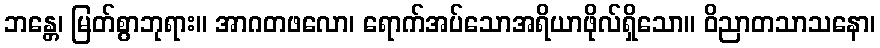
ဘန္တေ၊ မြတ်စွာဘုရား။ အာဂတဖလော၊ ရောက်အပ်သောအရိယာဖိုလ်ရှိသော။ ဝိညာတသာသနော၊